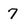
Character: 7